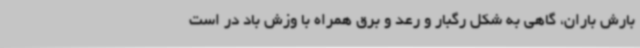
بارش باران، گاهی به شکل رگبار و رعد و برق همراه با وزش باد در است